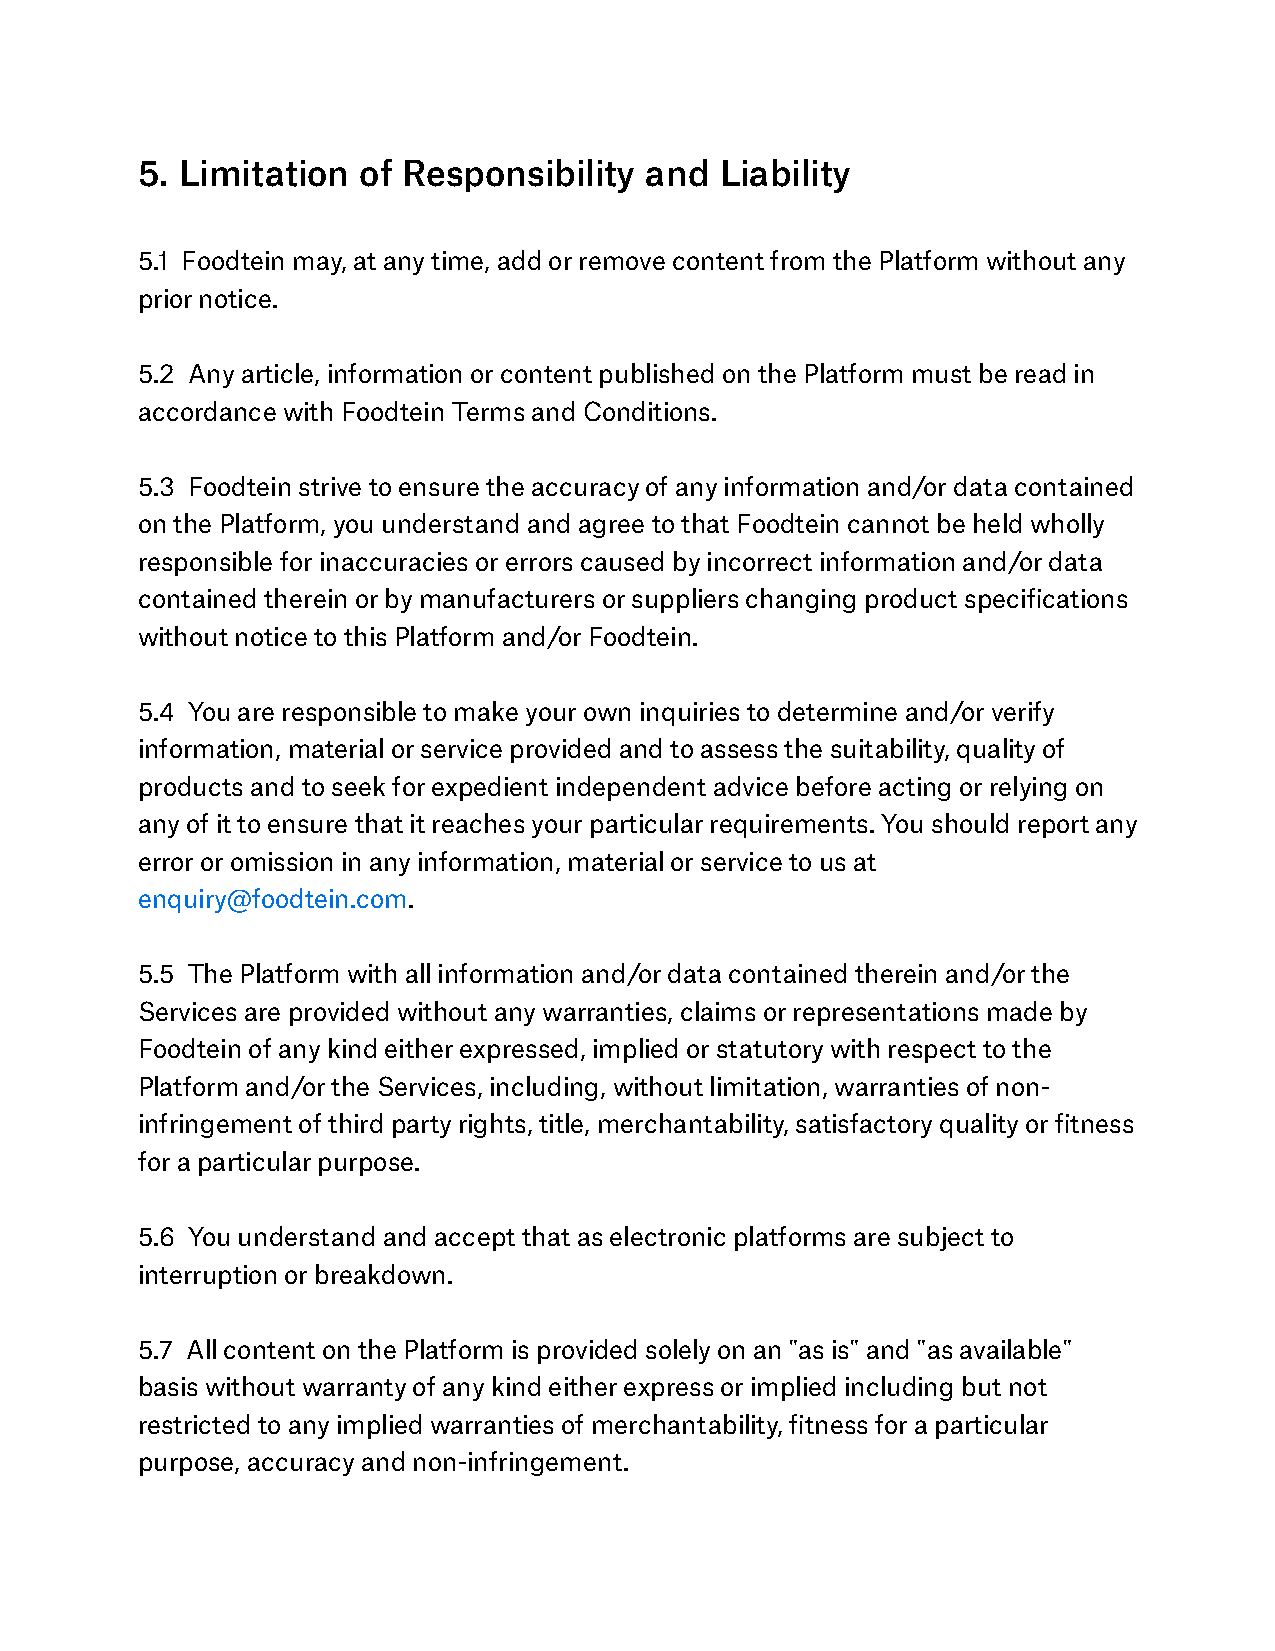
5. Limitation  of Responsibility  and  Liability
 5.1 Foodtein may, at any time, add or remove content from the Platform without any
 prior notice.
 5.2 Any article, information or content published on the Platform must be read in
 accordance with Foodtein Terms and Conditions.
 5.3 Foodtein strive to ensure the accuracy of any information and/or data contained
 on the Platform, you understand and agree to that Foodtein cannot be held wholly
 responsible for inaccuracies or errors caused by incorrect information and/or data
 contained therein or by manufacturers or suppliers changing product specifications
 without notice to this Platform and/or Foodtein.
 5.4 You are responsible to make your own inquiries to determine and/or verify
 information, material or service provided and to assess the suitability, quality of
 products and to seek for expedient independent advice before acting or relying on
 any of it to ensure that it reaches your particular requirements. You should report any
 error or omission in any information, material or service to us at
 enquiry@foodtein.com.
 5.5 The Platform with all information and/or data contained therein and/or the
 Services are provided without any warranties, claims or representations made by
 Foodtein of any kind either expressed, implied or statutory with respect to the
 Platform and/or the Services, including, without limitation, warranties of non-
 infringement of third party rights, title, merchantability, satisfactory quality or fitness
 for a particular purpose.
 5.6 You understand and accept that as electronic platforms are subject to
 interruption or breakdown.
 5.7 All content on the Platform is provided solely on an "as is" and "as available"
 basis without warranty of any kind either express or implied including but not
 restricted to any implied warranties of merchantability, fitness for a particular
 purpose, accuracy and non-infringement.